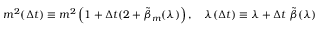
m ^ { 2 } ( \Delta t ) \equiv m ^ { 2 } \left( 1 + \Delta t ( 2 + \tilde { \beta } _ { m } ( \lambda ) \right) , \quad \lambda ( \Delta t ) \equiv \lambda + \Delta t ~ \tilde { \beta } ( \lambda )